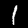
Digit: 1